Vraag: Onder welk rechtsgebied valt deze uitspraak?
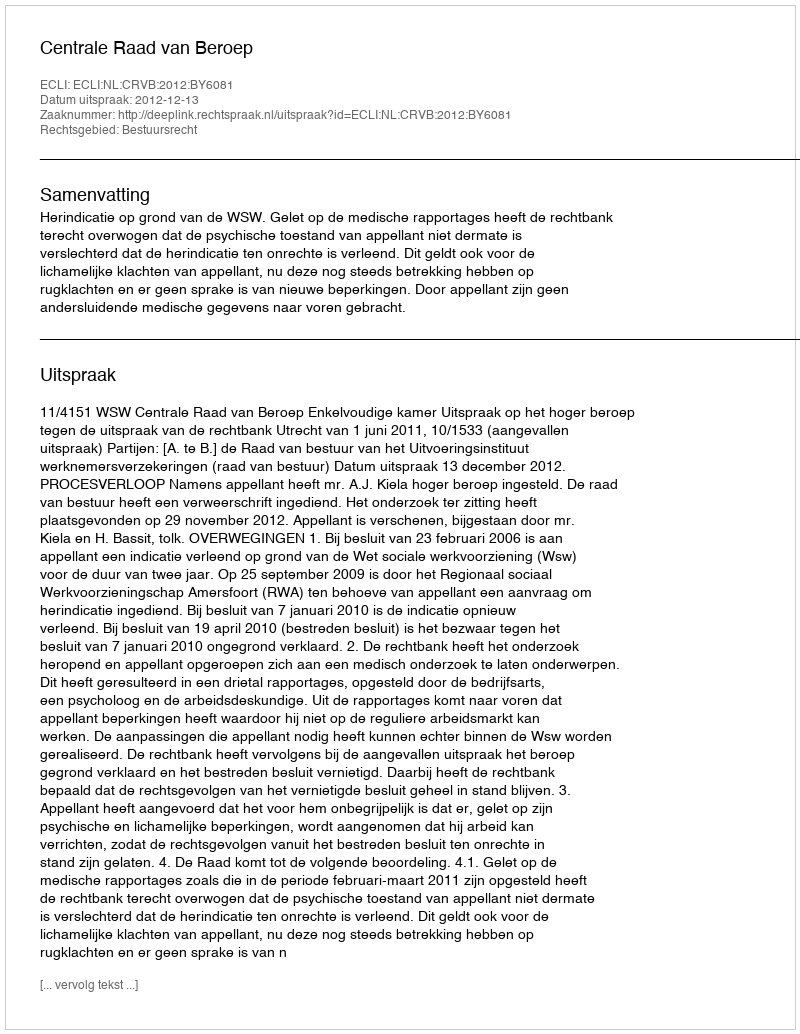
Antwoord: Bestuursrecht